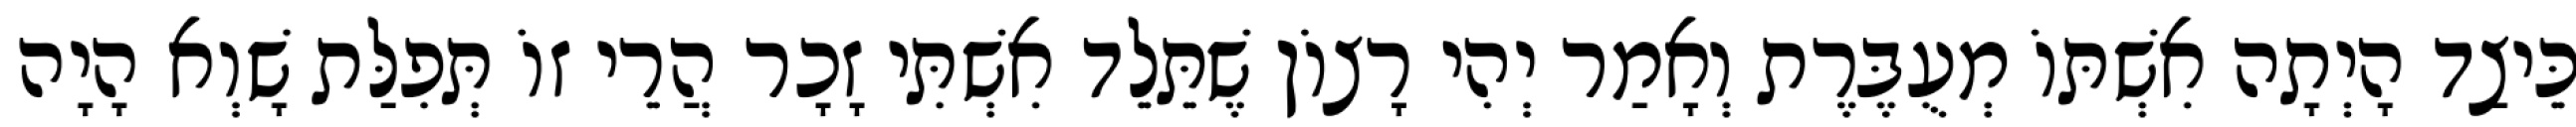
כֵּיצַד הָיְתָה אִשְׁתּוֹ מְעֻבֶּרֶת וְאָמַר יְהִי רָצוֹן שֶׁתֵּלֵד אִשְׁתִּי זָכָר הֲרֵי זוֹ תְּפִלַּת שָׁוְא הָיָה